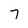
Character: 7